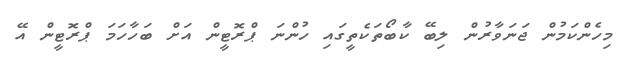
މިހެންކަމުން ޖަނަވާރުން ލިބޭ ކާބޯތަކެތީގައި ހުންނަ ޕްރޮޓީން އަށް ބަހާހަމަ ޕްރޮޓީން އޭ